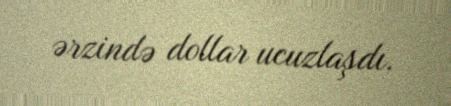
ərzində dollar ucuzlaşdı.